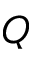
Q